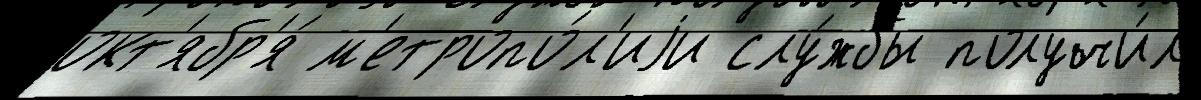
окт'ябр'я́ м'етропо́л'иjи слу́жбы получи́л